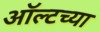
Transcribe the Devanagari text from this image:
ऑल्टच्या